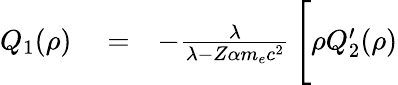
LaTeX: \begin{array}{rlr}{Q_{1}(\rho)}&{{}=}&{-\frac{\lambda}{\lambda-Z\alpha m_{e}c^{2}}\, \Bigg[\rho Q_{2}^{\prime}(\rho)}\end{array}